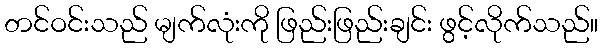
တင်ဝင်းသည် မျက်လုံးကို ဖြည်းဖြည်းချင်း ဖွင့်လိုက်သည်။